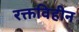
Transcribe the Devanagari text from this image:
रक्तविहीन